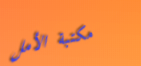
مكتبة الأمل